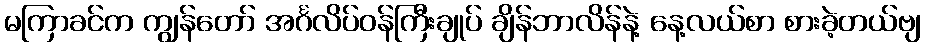
မကြာခင်က ကျွန်တော် အင်္ဂလိပ်ဝန်ကြီးချုပ် ချိန်ဘာလိန်နဲ့ နေ့လယ်စာ စားခဲ့တယ်ဗျ